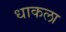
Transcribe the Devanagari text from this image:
धाकला